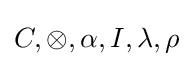
C,\otimes ,\alpha ,I,\lambda ,\rho